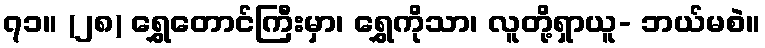
၇၁။ (၂၈) ရွှေတောင်ကြီးမှာ၊ ရွှေကိုသာ၊ လူတို့ရှာယူ- ဘယ်မစဲ။